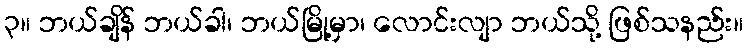
၃။ ဘယ်ချိန် ဘယ်ခါ၊ ဘယ်မြို့မှာ၊ လောင်းလျာ ဘယ်သို့ ဖြစ်သနည်း။